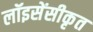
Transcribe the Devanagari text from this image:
लॉइसेंसीकृत